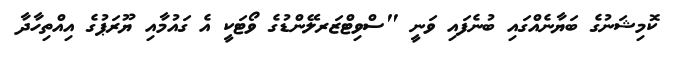
ކޮމިޝަނުގެ ބަޔާނެއްގައި ބުނެފައި ވަނީ "ސްވިޓްޒަރލޭންޑުގެ ވޯޓަކީ އެ ގައުމާއި ޔޫރަޕުގެ އިއްތިހާދާ